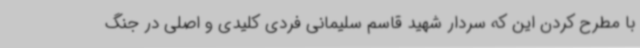
با مطرح کردن این که سردار شهید قاسم سلیمانی فردی کلیدی و اصلی در جنگ